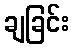
ချခြင်း